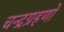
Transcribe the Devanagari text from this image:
चन्द्रग्रहणों